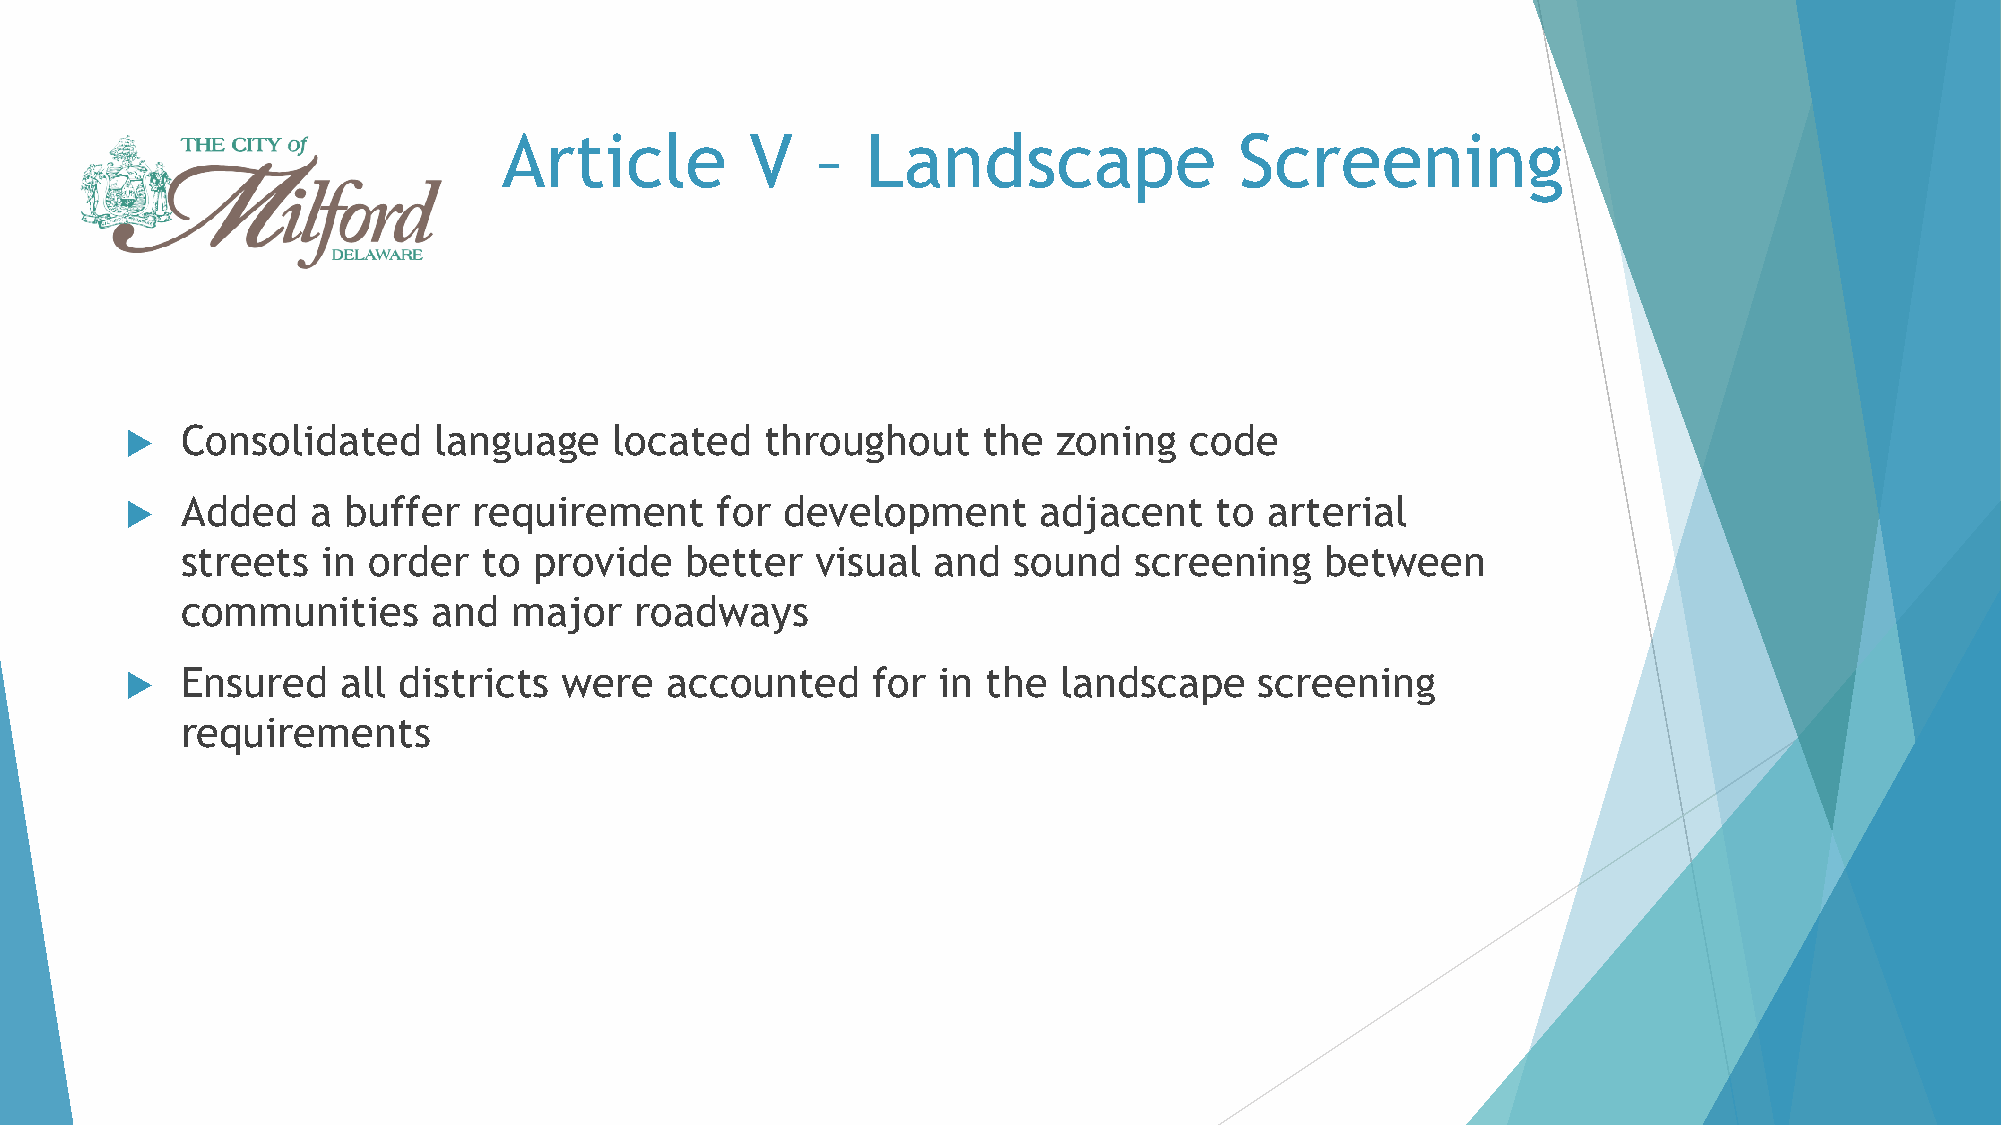
Article          V   –  Landscape                Screening
    Consolidated     language    located   throughout    the  zoning   code
    Added    a buffer  requirement     for  development      adjacent   to  arterial
 streets  in order   to provide   better   visual  and  sound   screening    between
 communities      and  major   roadways
    Ensured    all districts were   accounted     for in the  landscape    screening
 requirements